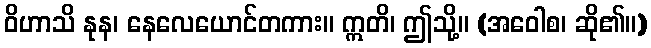
ဝိဟာသိ နုန၊ နေလေယောင်တကား။ ဣတိ၊ ဤသို့။ (အဝေါစ၊ ဆို၏။)